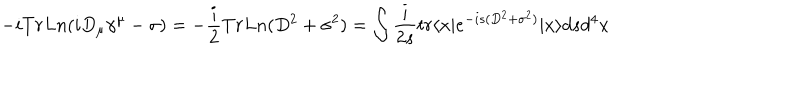
- i T r L n ( i D _ { \mu } \gamma ^ { \mu } - \sigma ) = - \frac { i } { 2 } T r L n ( D ^ { 2 } + \sigma ^ { 2 } ) = \int \frac { i } { 2 s } t r \langle x | e ^ { - i s ( D ^ { 2 } + \sigma ^ { 2 } ) } | x \rangle d s d ^ { 4 } x